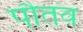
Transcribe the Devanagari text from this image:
पौतव